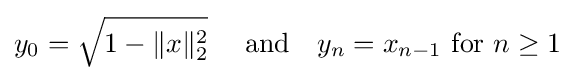
y_{0}={\sqrt {1-\|x\|_{2}^{2}}}\quad {\text{ and}}\quad y_{n}=x_{n-1}{\text{ for }}n\geq 1